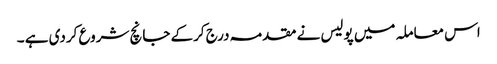
اس معاملہ میں پولیس نے مقدمہ درج کرکے جانچ شروع کردی ہے ۔